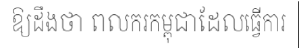
ឱ្យដឹងថា ពលករកម្ពុជាដែលធ្វើការ